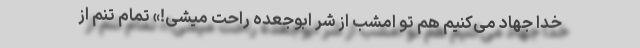
خدا جهاد می‌کنیم هم تو امشب از شرّ ابوجعده راحت میشی!» تمام تنم از